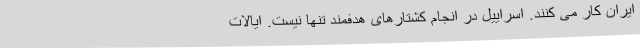
ایران کار می کنند. اسراییل در انجام کشتارهای هدفمند تنها نیست. ایالات